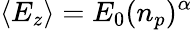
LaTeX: \langle E_{z}\rangle=E_{0}(n_{p})^{\alpha}